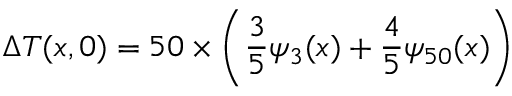
\Delta { T } ( x , 0 ) = 5 0 \times \left( \frac { 3 } { 5 } \psi _ { 3 } ( x ) + \frac { 4 } { 5 } \psi _ { 5 0 } ( x ) \right)